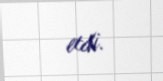
etdi.